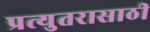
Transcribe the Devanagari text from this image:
प्रत्युतरासाठी